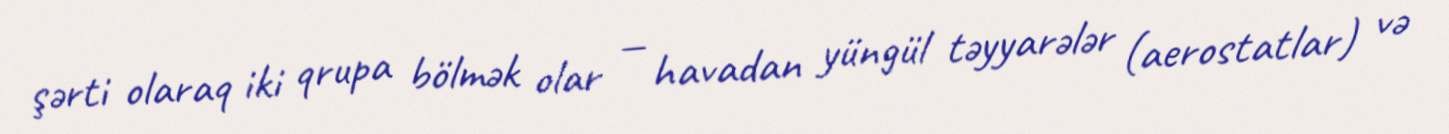
şərti olaraq iki qrupa bölmək olar — havadan yüngül təyyarələr (aerostatlar) və